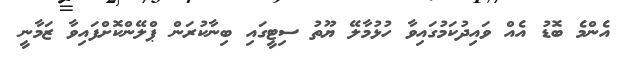
އެންމެ ބޮޑު އެއް ވައިދުކަމުގައިވާ ހުޅުމާލޭ ޔޫތު ސިޓީގައި ބިނާކުރަން ޕްލޭންކޮށްފައިވާ ޒަމާނީ